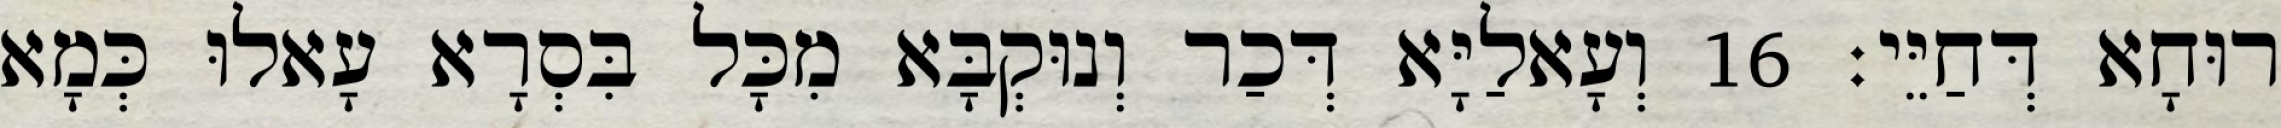
רוּחָא דְּחַיֵּי׃ 16 וְעָאלַיָּא דְּכַר וְנוּקְבָּא מִכָּל בִּסְרָא עָאלוּ כְּמָא